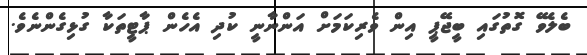
ބެލެވޭ ގޮތުގައި ބީޖޭޕީ އިން ވެރިކަމަށް އަންނާނީ ކުދި އެހެން ޕާޓީތަކާ ގުޅިގެންނެވެ.